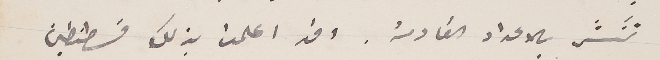
تنشر بالاعداد القادمة. وقد اعلمت بذلك قسطنطين